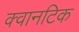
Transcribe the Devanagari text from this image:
क्वानटिक